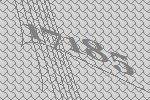
17185